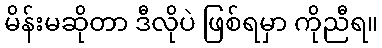
မိန်းမဆိုတာ ဒီလိုပဲ ဖြစ်ရမှာ ကိုညီရ။